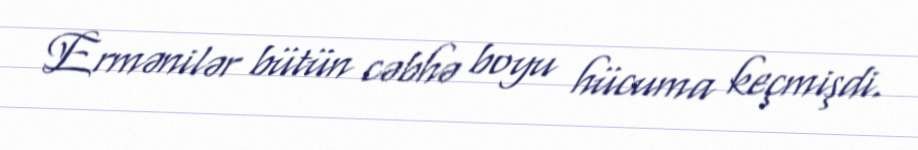
Ermənilər bütün cəbhə boyu hücuma keçmişdi.